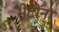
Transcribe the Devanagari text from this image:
भेटींना